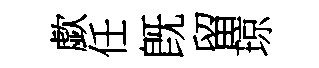
歔任旣留琼